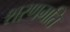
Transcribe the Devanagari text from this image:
शरणगति